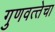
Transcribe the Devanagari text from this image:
गुणवत्‍तेचा